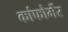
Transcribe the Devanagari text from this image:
कांफोर्मेर